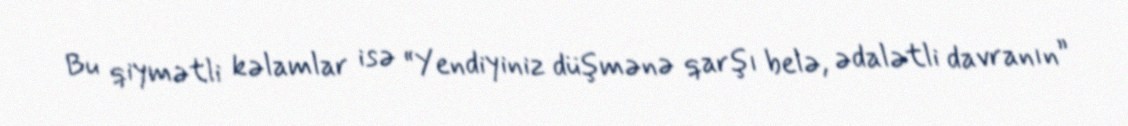
Bu qiymətli kəlamlar isə “Yendiyiniz düşmənə qarşı belə, ədalətli davranın”